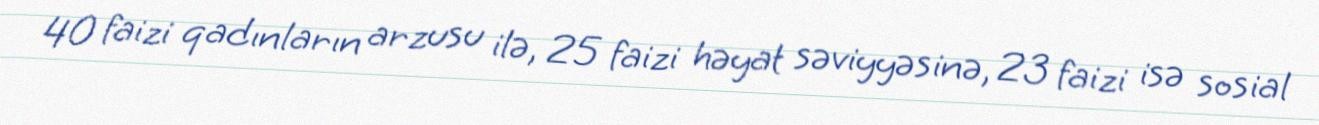
40 faizi qadınların arzusu ilə, 25 faizi həyat səviyyəsinə, 23 faizi isə sosial